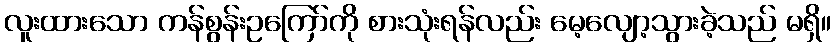
လူးထားသော ကန်စွန်းဥကြော်ကို စားသုံးရန်လည်း မေ့လျော့သွားခဲ့သည် မရှိ။